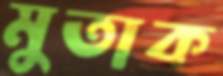
মুতাক